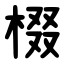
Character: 棳